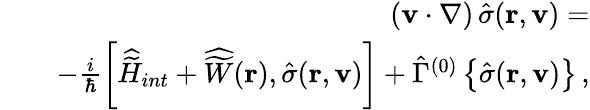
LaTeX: \begin{array}{rlr}&{}&{({\mathbf v}\cdot\nabla)\, {\hat{\sigma}}({\mathbf r},{\mathbf v})=}\\ &{}&{-\frac{i}{\hbar}\left[{\widehat{\widetilde H}}_{int}+{\widehat{\widetilde W}}({\mathbf r}),{\hat{\sigma}}({\mathbf r},{\mathbf v})\right]+{\hat{\Gamma}}^{(0)}\left\{ {\hat{\sigma}}({\mathbf r},{\mathbf v})\right\} \, ,}\end{array}